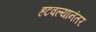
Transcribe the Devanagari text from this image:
हटवल्यानंतर